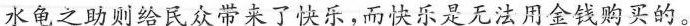
水龟之助则给民众带来了快乐，而快乐是无法用金钱购买的。